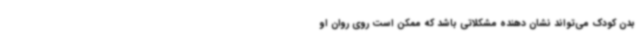
بدن کودک می‌تواند نشان دهنده مشکلاتی باشد که ممکن است روی روان او